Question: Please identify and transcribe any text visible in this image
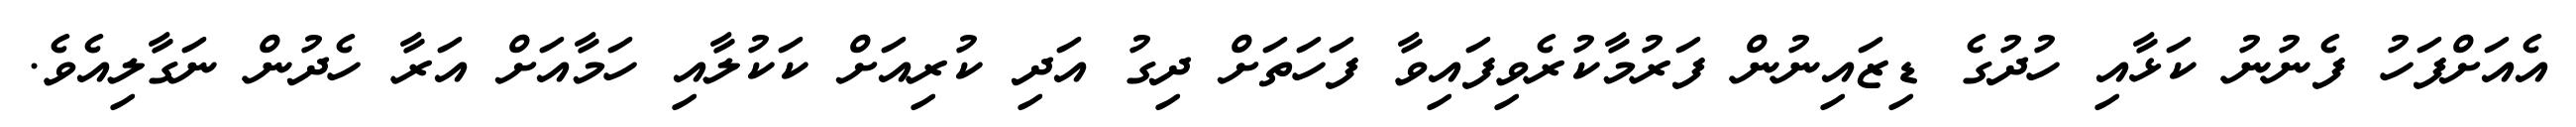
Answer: އެއަށްފަހު ފެނުނު ކަޅާއި ހުދުގެ ޑިޒައިނުން ފަރުމާކުރެވިފައިވާ ފަހަތަށް ދިގު އަދި ކުރިއަށް ކަކުލާއި ހަމާއަށް އަރާ ހެދުން ނަގާލިއެވެ.